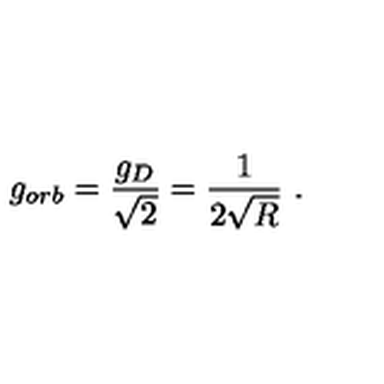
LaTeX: g _ { o r b } = \frac { g _ { D } } { \sqrt { 2 } } = \frac { 1 } { 2 \sqrt { R } } \ .